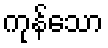
ကုန်သော